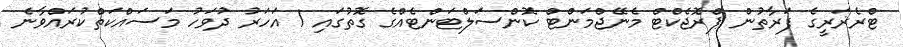
ޓްރެޜަރީގެ ފަރާތުން ޕްރޮޖެކްޓް މެނޭޖްމަންޓް ކޮންސަލްޓަންޓެއްގެ ގޮތުގައި 1 އަހަރު ދުވަހު މަސައްކަތްކުރައްވާނެ